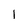
Character: 1